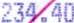
234.40